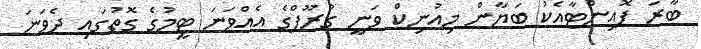
ބާރަ ޕޮއިންޓާއެކު ބަޔާން މިއުނިކް ވަނީ ގުރޫޕްގެ އެއްވަނަ ޓީމުގެ ގޮތުގައި ދެވަނަ